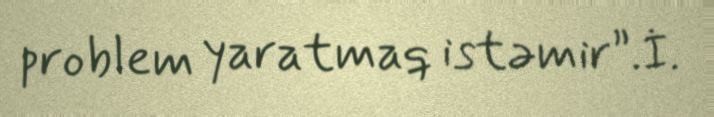
problem yaratmaq istəmir”.İ.